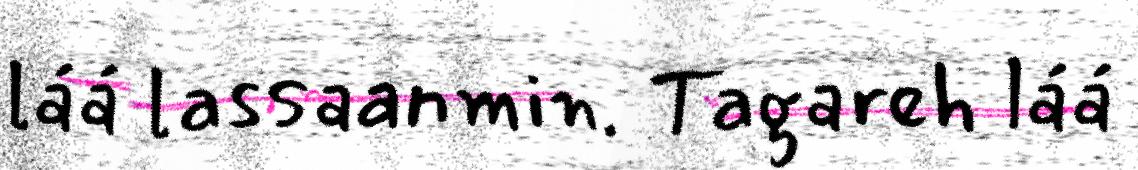
láá lassaanmin. Tagareh láá